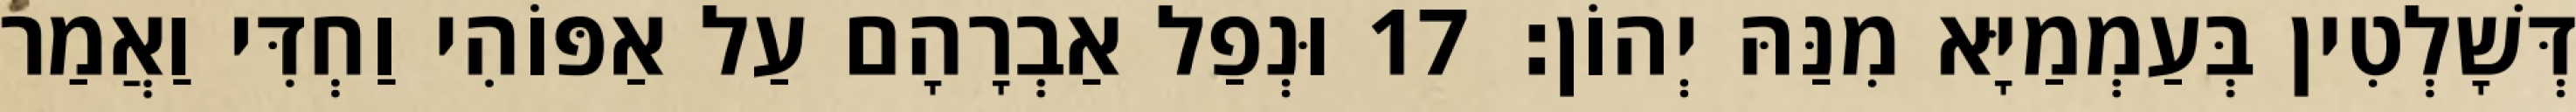
דְּשָׁלְטִין בְּעַמְמַיָּא מִנַּהּ יְהוֹן׃ 17 וּנְפַל אַבְרָהָם עַל אַפּוֹהִי וַחְדִּי וַאֲמַר